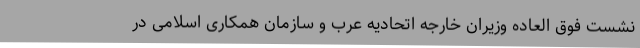
نشست فوق العاده وزیران خارجه اتحادیه عرب و سازمان همکاری اسلامی در